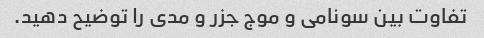
تفاوت بین سونامی و موج جزر و مدی را توضیح دهید.